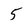
Character: 5